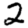
Digit: 2